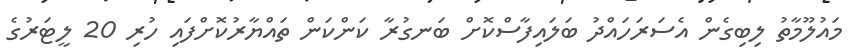
މައުލޫމާތު ލިބިގެން އެސަރަހައްދު ބަލައިފާސްކޮށް ބަނގުރާ ކަންކަން ތައްޔާރުކޮށްފައި ހުރި 20 ލީޓަރުގެ